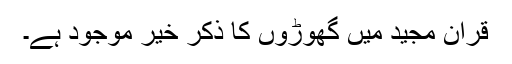
قرآن مجید میں گھوڑوں کا ذکر خیر موجود ہے۔